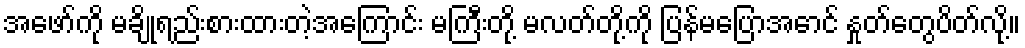
အဖော်ကို မချိုရည်းစားထားတဲ့အကြောင်း မကြီးတို့ မလတ်တို့ကို ပြန်မပြောအောင် နှုတ်တွေပိတ်လို့။